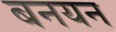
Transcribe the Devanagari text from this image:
बनयन